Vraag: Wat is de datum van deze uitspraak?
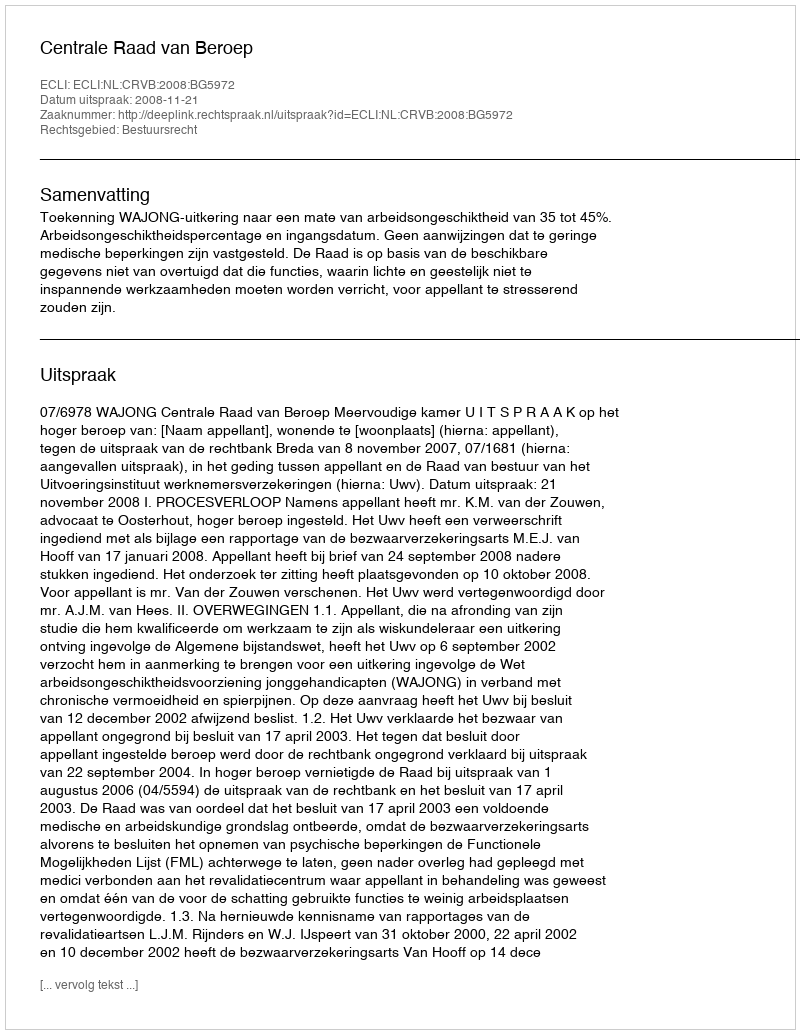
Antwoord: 2008-11-21